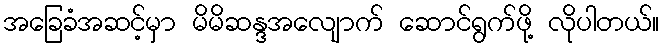
အခြေခံအဆင့်မှာ မိမိဆန္ဒအလျောက် ဆောင်ရွက်ဖို့ လိုပါတယ်။